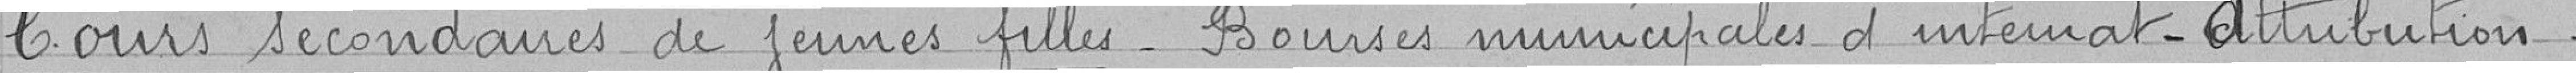
Cours secondaires de jeunes filles. Bourses municipales d'internat - Attribution.